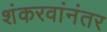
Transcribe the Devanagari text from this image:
शंकरवांनंतर